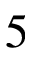
5